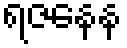
ရဇနေန